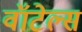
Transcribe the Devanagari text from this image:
वॉटेल्स